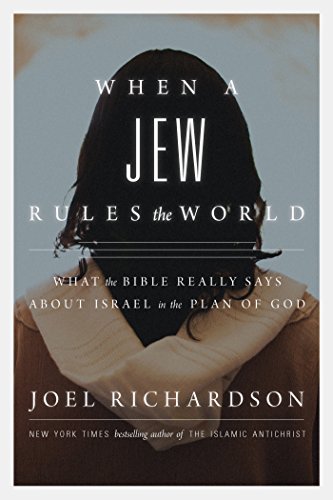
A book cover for When A Jew Rules the World: What the Bible Really Says about Israel in the Plan of God; Joel Richardson; Christian Books & Bibles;